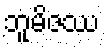
ဘူမိဇဿ